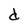
Character: d